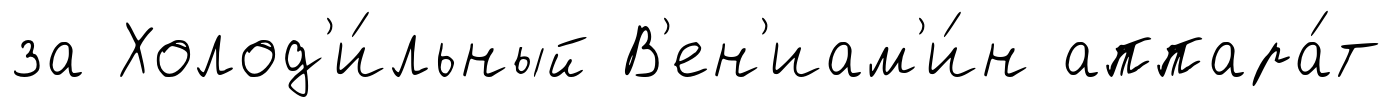
за Холод'и́льный В'ен'иам'и́н аппара́т